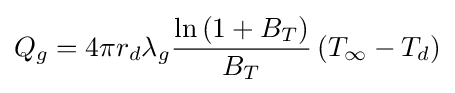
Q_{g}=4\pi r_{d}\lambda _{g}{\frac {\ln \left(1+B_{T}\right)}{B_{T}}}\left(T_{\infty }-T_{d}\right)